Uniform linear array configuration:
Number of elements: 32
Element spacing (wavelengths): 0.25
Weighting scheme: blackman
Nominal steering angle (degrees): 0
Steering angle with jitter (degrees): -0.5233
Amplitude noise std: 0.05
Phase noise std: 0.05

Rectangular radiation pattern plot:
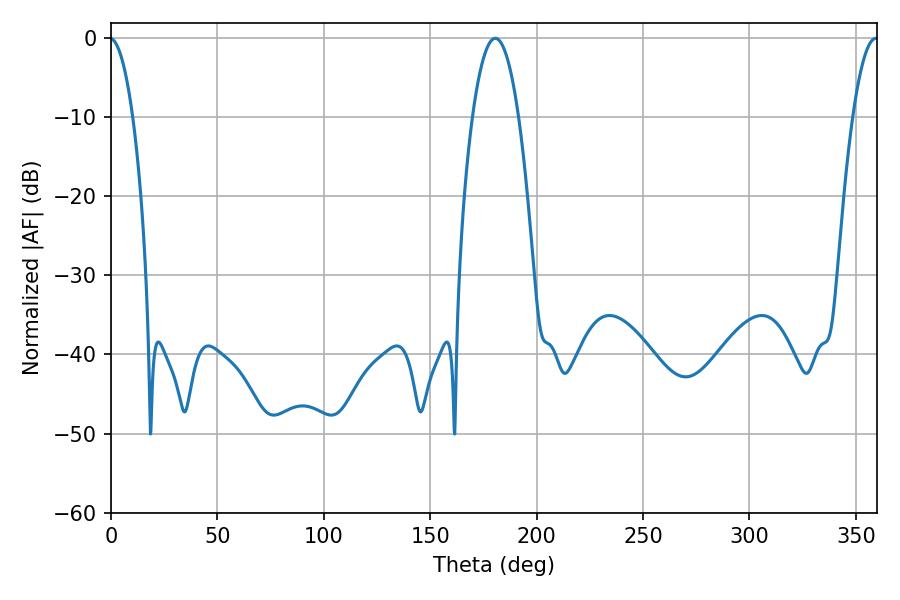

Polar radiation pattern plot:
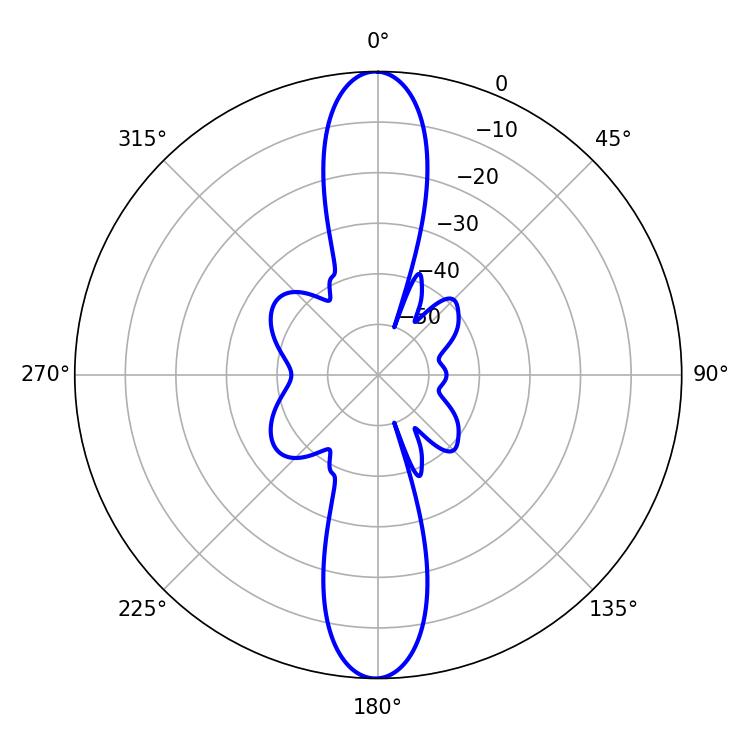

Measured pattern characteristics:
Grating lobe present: FALSE
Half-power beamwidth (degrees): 12.06
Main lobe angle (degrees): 180.54